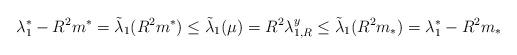
LaTeX: \begin{align*}\lambda_1^*-R^2m^*=\tilde{\lambda}_1(R^2m^*)\leq\tilde{\lambda}_1(\mu)=R^2\lambda_{1,R}^y\leq\tilde{\lambda}_1(R^2m_*)=\lambda^*_1-R^2m_*\end{align*}